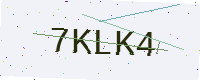
Text: 7KLK4